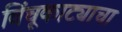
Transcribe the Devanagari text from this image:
विंचूकाट्याचा